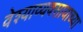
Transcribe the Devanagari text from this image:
वेश्याव्यवसायाच्या